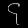
Digit: ၄